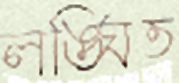
লঙ্ঘিত